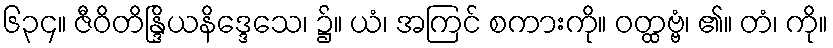
၆၃၄။ ဇီဝိတိန္ဒြိယနိဒ္ဒေသေ၊ ၌။ ယံ၊ အကြင် စကားကို။ ဝတ္ထဗ္ဗံ၊ ၏။ တံ၊ ကို။